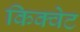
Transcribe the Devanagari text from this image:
किक्वेट